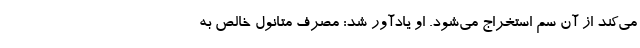
می‌کند از آن سم استخراج می‌شود. او یادآور شد: مصرف متانول خالص به